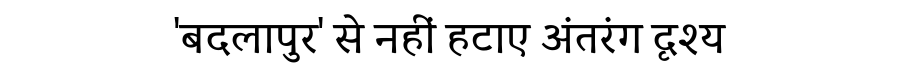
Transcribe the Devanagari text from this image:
'बदलापुर' से नहीं हटाए अंतरंग दृश्य